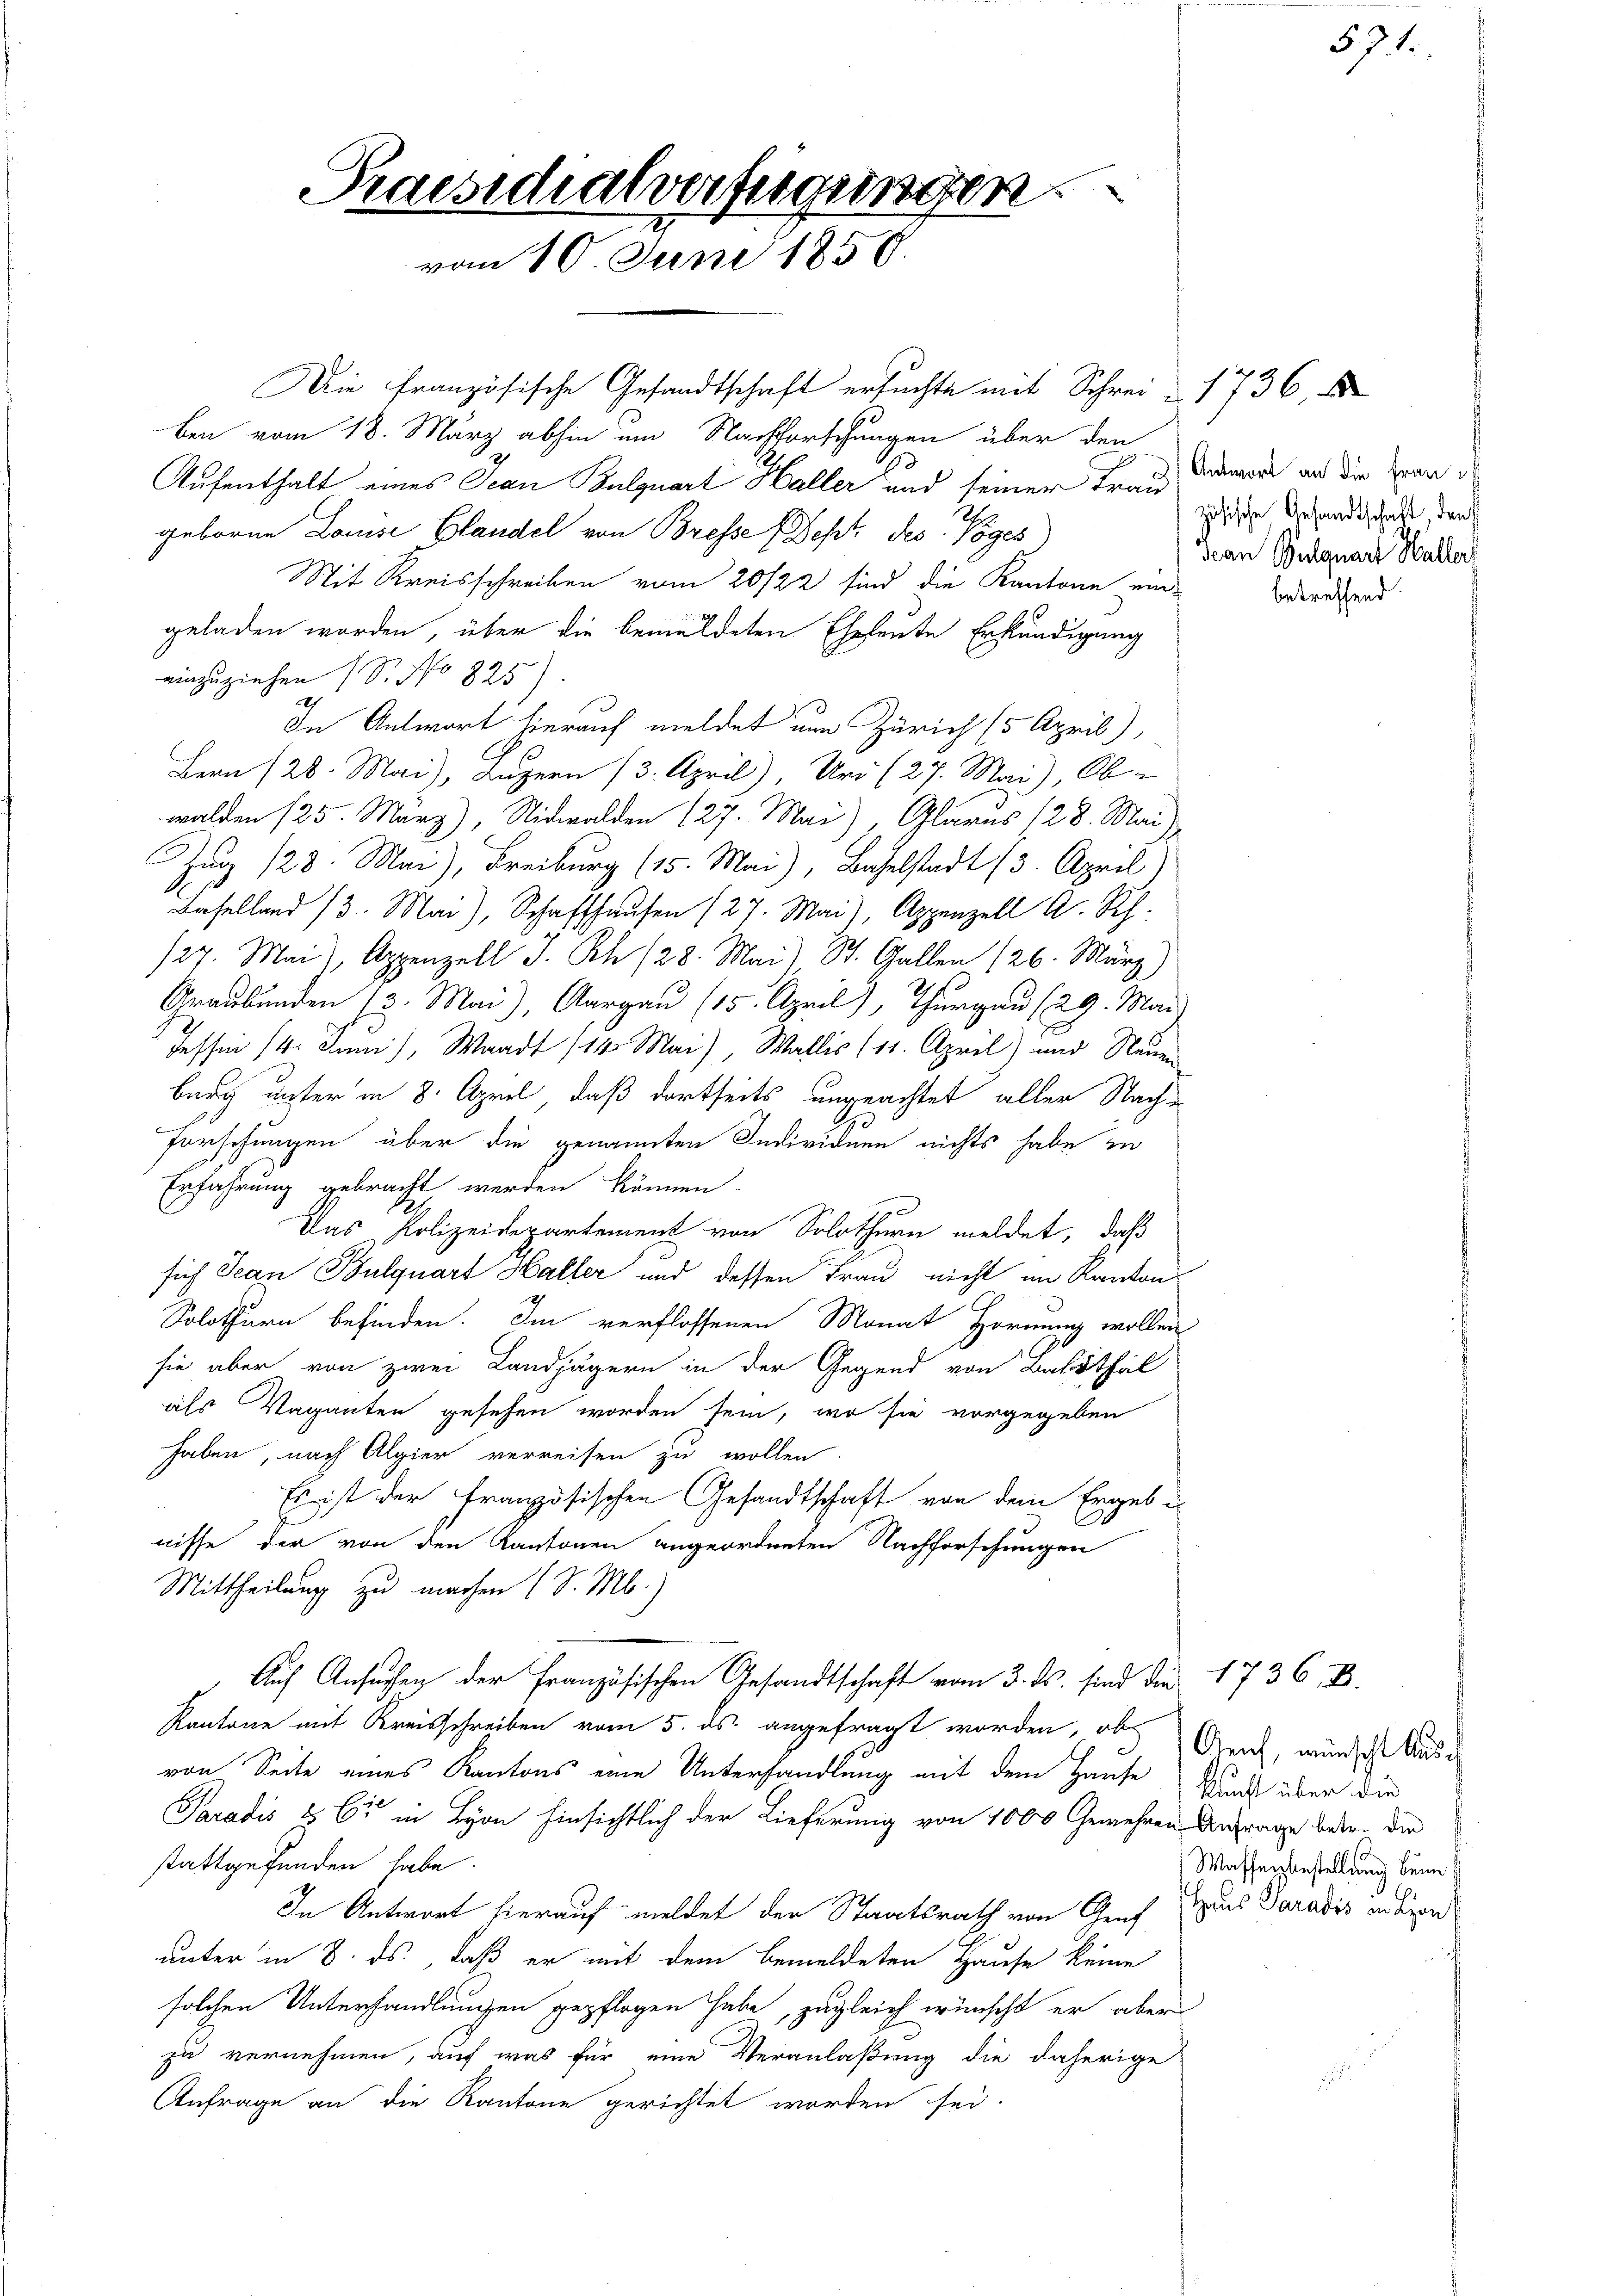
Praesichalverfügungen.
vom 10. Juni 1856.

Die französische Gesandtschaft ersuchte mit Schrei u. 1736,
ben vom 18. März abhin um Nachforschungen über den
Aufenthalt eines Jean Bulquart Haller und seiner Frau, damals an die Beengeboren Louise Blandel von Bresse Sept des Vöges
Mit Kreisschreiben vom 20/22 sind die Kantone eingeladen worden, über die bemeldeten Ehehente Erkundigung
einzuziehen (S. No 825.)
h
In Antwort hierauf meldet nun Zürich 15 April)
Bern (28. Mai), Luzern (3. April), Uri (27. Mai), Ob-
walden 125. März), Nidwalden 127. Mai), Glarus (28. Mai)
uz 123. Mai), Freiburg (15. Mai), Baselstadt (3. April)
Baselland 13. Mai), Schaffhausen (27. Mai), Appenzell A. Rh.
/27. Mai), Appenzell I. Rh. 128. Mai) St. Gallen (26. März)
Graubünden 13. Mai), Aargau (15. April), Thurgau (29. Mai
Tessin 14. Juni), Waadt 114. Mai), Wallis (11. April) und Neuen
burg unter in 8. April, daß dortseits ungeachtet aller Nach¬
Forschungen über die genannten Individuen nichts habe in
Erfahrung gebracht werden können.
Das Polizeidepartement von Solothurn meldet, daß
sich Jean Bulquart Haller und dessen Frau nicht im Kanton
Solothurn befinden. Im verflossenen Monat Hornung wollen
sie aber von zwei Landjägern in der Gegend von Balsthal
als Vaganten gesehen worden sein, wo sie vorgegeben
haben, nach Algier verreisen zu wollen.
Es ist der französischen Gesandtschaft von dem Ergebi
1
nisse der von den Kantonen angeordneten Nachforschungen
Mittheilung zu machen (S. M.)
 Auf Ansuchen der Französischen Gesandtschaft vom 3. ds. sind die 1736, B
Kantone mit Kreisschreiben vom 5. ds. angefragt worden, als Graz, wundes Aus
von Seite eines Kantons eine Unterhandlung mit dem Hause
Paradis & Cie in Lyon hinsichtlich der Lieferung von 1000 Gewehren Anfrage beden der
stattgefunden habe.
In Antwort hierauf meldet der Staatsrath von Genf
unter in 8. ds., daß er mit dem bemeldeten Hause keine
solchen Unterhandlungen gepflogen habe, zugleich wünscht er aber
zu vernehmen, auf was für eine Veranlaßung die daherige
Anfrage an die Kantone gerichtet worden sei.

zösische Gesandtschaft, den
dean Gulquart Haller

betreffend.

571.

kunft über die
Waffensbestellung beim
Haus Paradis in Lyon